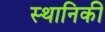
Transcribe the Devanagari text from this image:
स्थानिकी